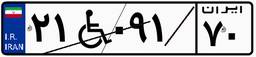
۲۱W۰۹۱۷۰